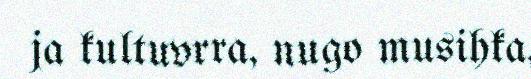
ja kultuvrra, nugo musihka,